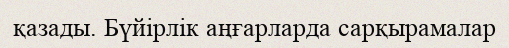
қазады. Бүйірлік аңғарларда сарқырамалар